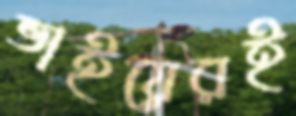
ভাইয়েরই